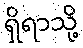
ရှိရာသို့